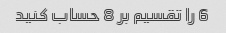
6 را تقسیم بر 8 حساب کنید